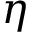
\eta